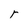
Character: r